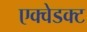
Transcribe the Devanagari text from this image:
एक्वेडक्ट